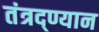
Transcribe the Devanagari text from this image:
तंत्रद्ण्यान